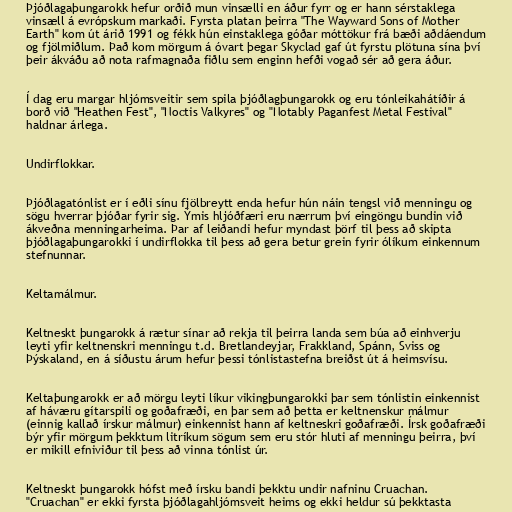
Þjóðlagaþungarokk hefur orðið mun vinsælli en áður fyrr og er hann sérstaklega
vinsæll á evrópskum markaði. Fyrsta platan þeirra "The Wayward Sons of Mother
Earth" kom út árið 1991 og fékk hún einstaklega góðar móttökur frá bæði aðdáendum
og fjölmiðlum. Það kom mörgum á óvart þegar Skyclad gaf út fyrstu plötuna sína því
þeir ákváðu að nota rafmagnaða fiðlu sem enginn hefði vogað sér að gera áður.

Í dag eru margar hljómsveitir sem spila þjóðlagþungarokk og eru tónleikahátíðir á
borð við "Heathen Fest", "Noctis Valkyres" og "Notably Paganfest Metal Festival"
haldnar árlega.

Undirflokkar.

Þjóðlagatónlist er í eðli sínu fjölbreytt enda hefur hún náin tengsl við menningu og
sögu hverrar þjóðar fyrir sig. Ýmis hljóðfæri eru nærrum því eingöngu bundin við
ákveðna menningarheima. Þar af leiðandi hefur myndast þörf til þess að skipta
þjóðlagaþungarokki í undirflokka til þess að gera betur grein fyrir ólíkum einkennum
stefnunnar.

Keltamálmur.

Keltneskt þungarokk á rætur sínar að rekja til þeirra landa sem búa að einhverju
leyti yfir keltnenskri menningu t.d. Bretlandeyjar, Frakkland, Spánn, Sviss og
Þýskaland, en á síðustu árum hefur þessi tónlistastefna breiðst út á heimsvísu.

Keltaþungarokk er að mörgu leyti líkur vikingþungarokki þar sem tónlistin einkennist
af háværu gítarspili og goðafræði, en þar sem að þetta er keltnenskur málmur
(einnig kallað írskur málmur) einkennist hann af keltneskri goðafræði. Írsk goðafræði
býr yfir mörgum þekktum litríkum sögum sem eru stór hluti af menningu þeirra, því
er mikill efniviður til þess að vinna tónlist úr.

Keltneskt þungarokk hófst með írsku bandi þekktu undir nafninu Cruachan.
"Cruachan" er ekki fyrsta þjóðlagahljómsveit heims og ekki heldur sú þekktasta